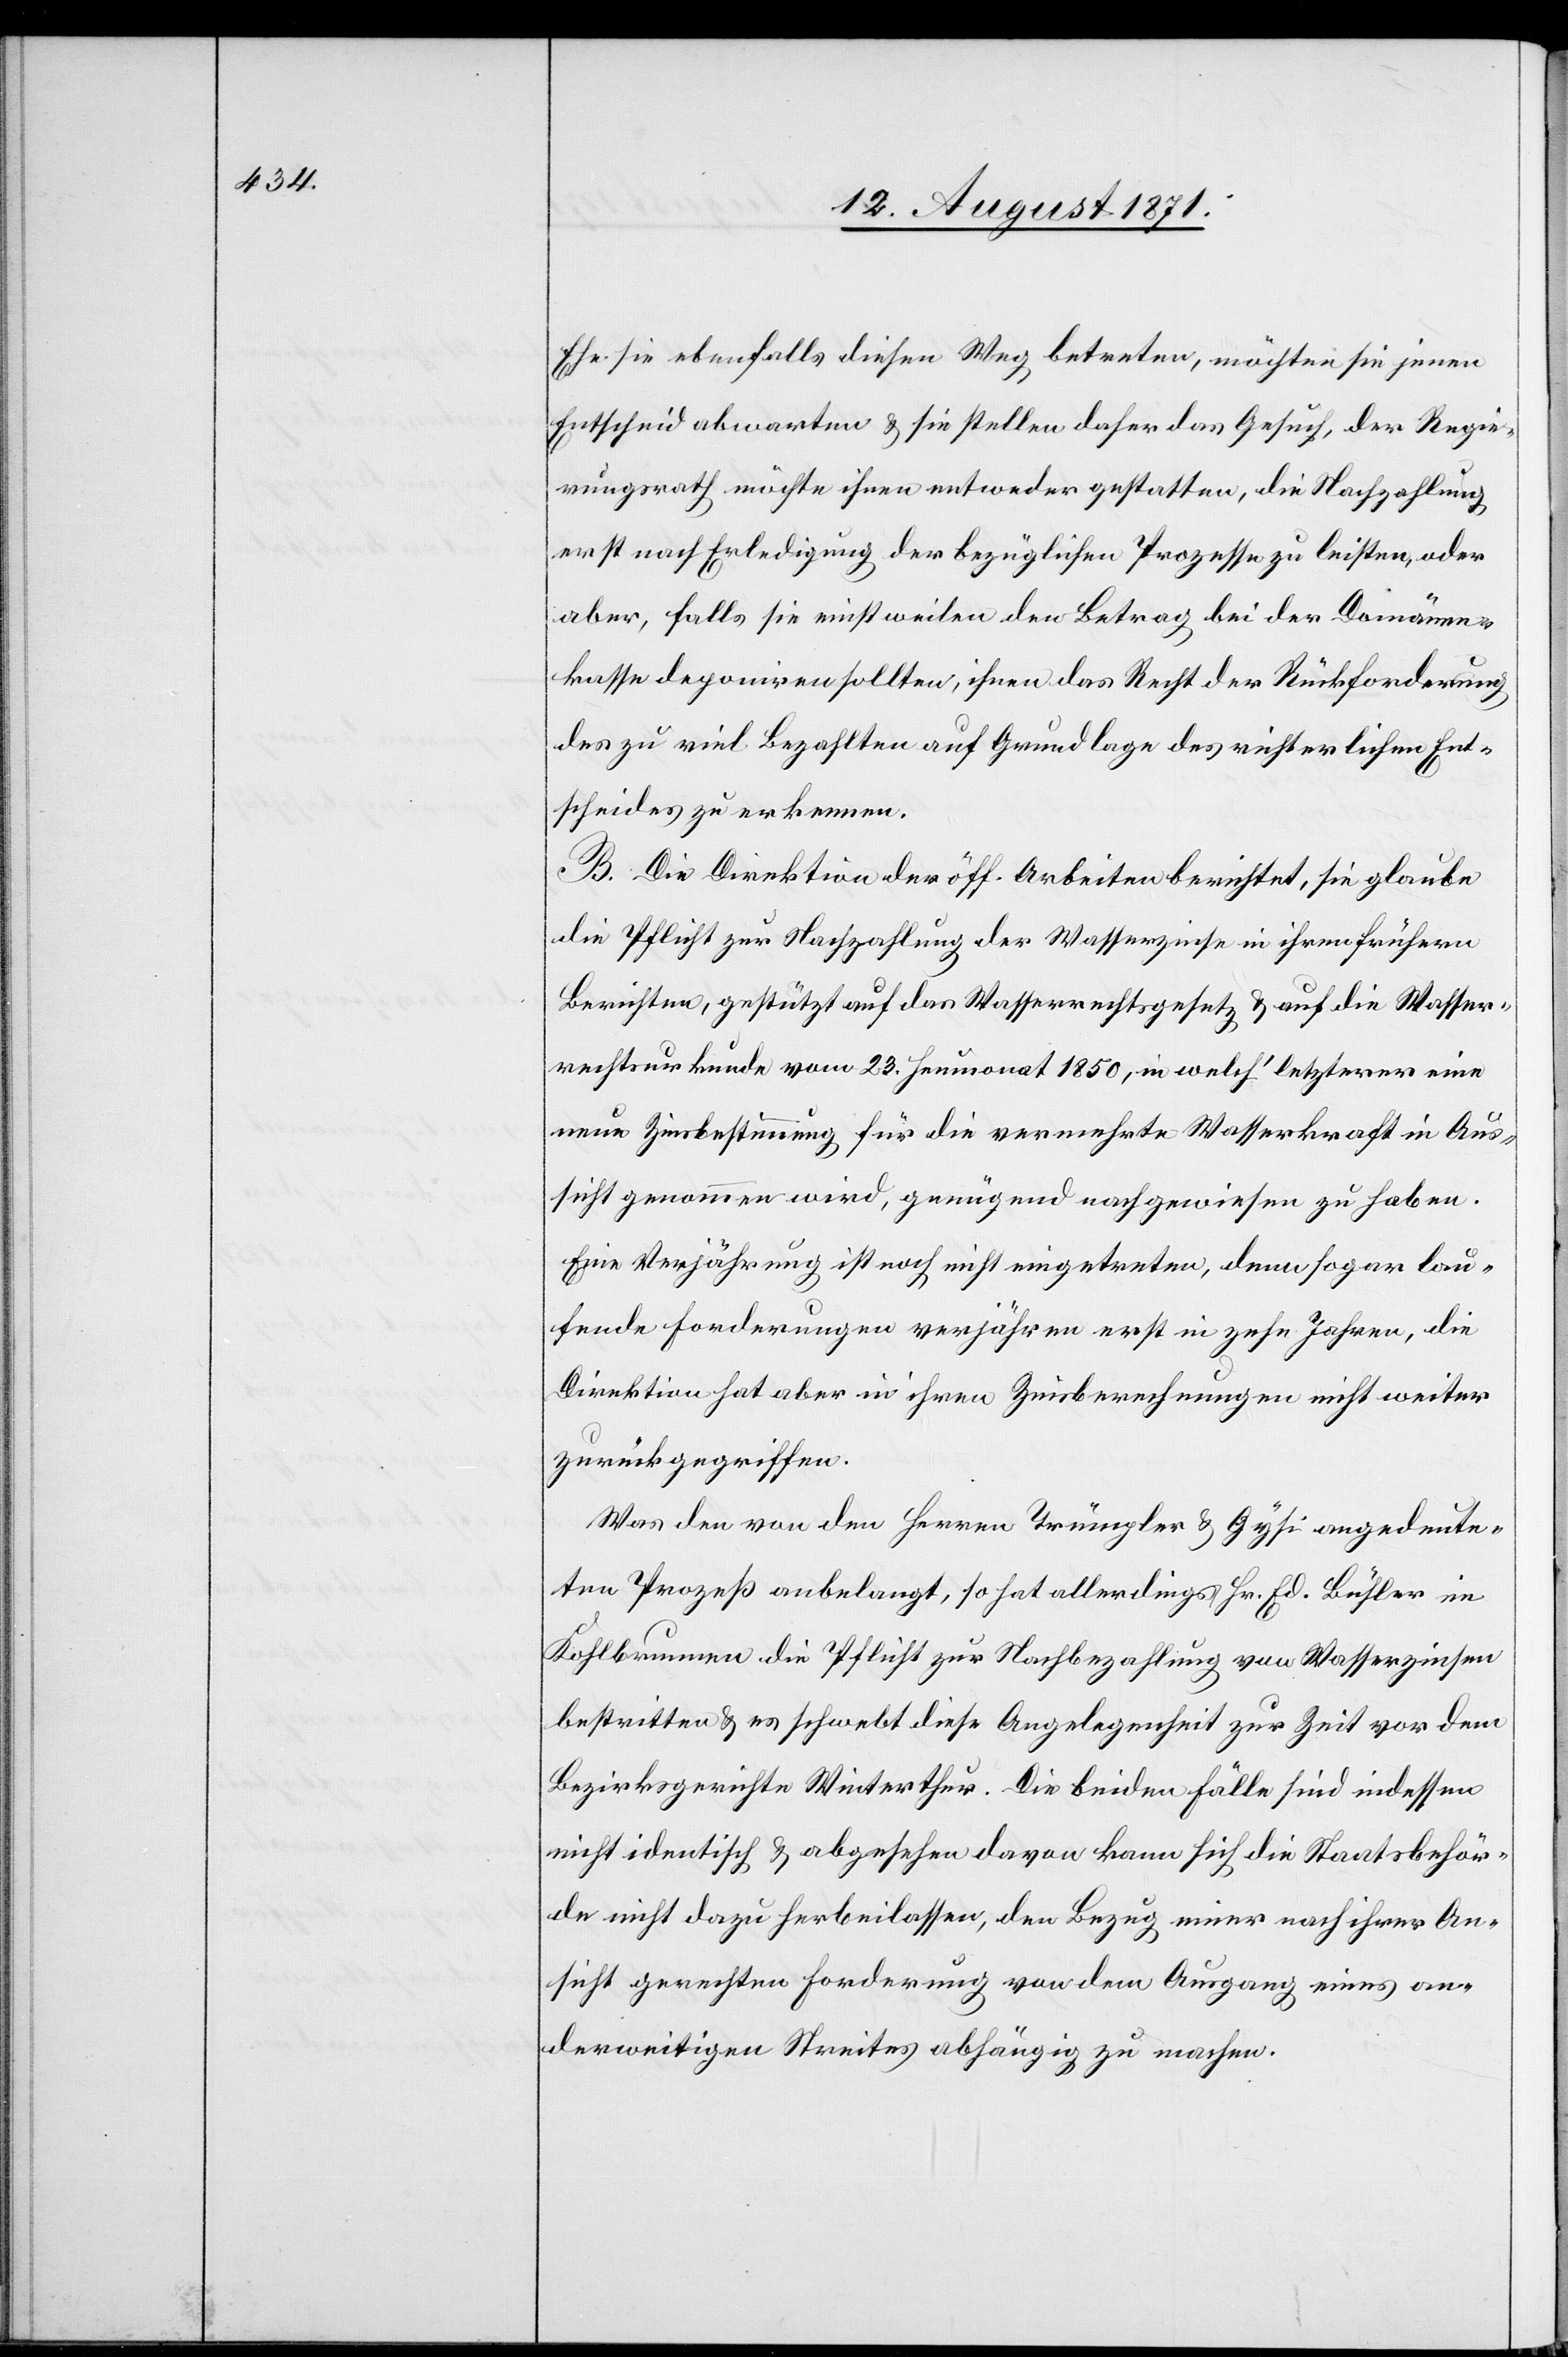
Ehe sie ebenfalls diesen Weg betreten, möchten sie jenen
Entscheid abwarten & sie stellen daher das Gesuch, der Regie¬
rungsrath möchte ihnen entweder gestatten, die Nachzahlung
erst nach Erledigung der bezüglichen Prozesse zu leisten, oder
aber, falls sie einstweilen den Betrag bei der Domänen¬
kasse deponiren sollten, ihnen das Recht der Rückforderung
des zu viel Bezahlten auf Grundlage des richterlichen Ent¬
scheides zu erkennen.
B. Die Direktion der öff. Arbeiten berichtet, sie glaube
die Pflicht zu Nachzahlung der Wasserzinse in ihren frühern
Berichten, gestützt auf das Wasserrechtsgesetz & auf die Wasser¬
rechtsurkunde vom 23. Heumonat 1850, in welch’ letzterer eine
neue Zinsbestimmung für die vermehrte Wasserkraft in Aus¬
sicht genommen wird, genügend nachgewiesen zu haben.
Eine Verjährung ist noch nicht eingetreten, denn sogar lau¬
fende Forderungen verjähren erst in zehn Jahren, die
Direktion hat aber in ihren Zinsberechnungen nicht weiter
zurückgegriffen.
Was den von den Herren Trümpler & Gysi angedeute¬
ten Prozeß anbelangt, so hat allerdings Hr. Ed. Bühler in
Kohlbrunnen die Pflicht zur Nachbezahlung von Wasserzinsens
bestritten & es schwebt diese Angelegenheit zur Zeit vor dem
Bezirksgerichte Winterthur. Die beiden Fälle sind indessen
nicht identisch & abgesehen davon kann sich die Staatsbehör¬
de nicht dazu herbeilassen, den Bezug einer nach ihrer An¬
sicht gerechten Forderung von dem Ausgang eines an¬
derweitigen Streites abhängig zu machen.